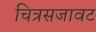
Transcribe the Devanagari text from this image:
चित्रसजावट